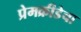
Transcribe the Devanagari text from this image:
प्रेमक्रीडेचा